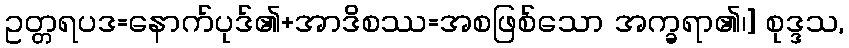
ဥတ္တရပဒ=နောက်ပုဒ်၏+အာဒိစဿ=အစဖြစ်သော အက္ခရာ၏၊] စုဒ္ဒသ,